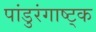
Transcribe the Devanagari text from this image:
पांडुरंगाष्ट्क